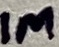
Text: 1M